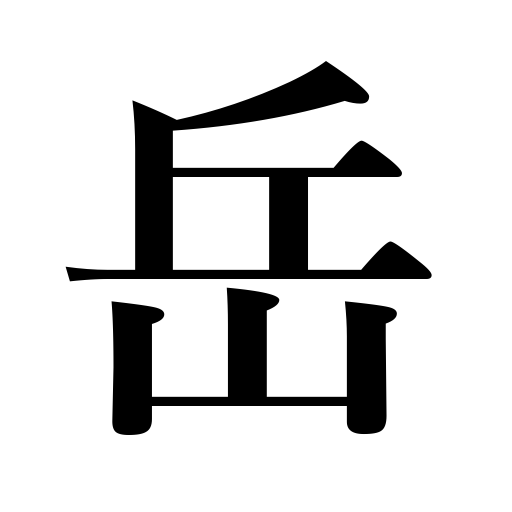
Meanings: mountain,peak